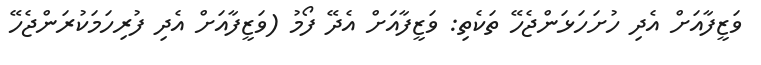
ވަޒީފާއަށް އެދި ހުށަހަޅަންޖެހޭ ތަކެތި: ވަޒީފާއަށް އެދޭ ފޯމު (ވަޒީފާއަށް އެދި ފުރިހަމަކުރަންޖެހޭ